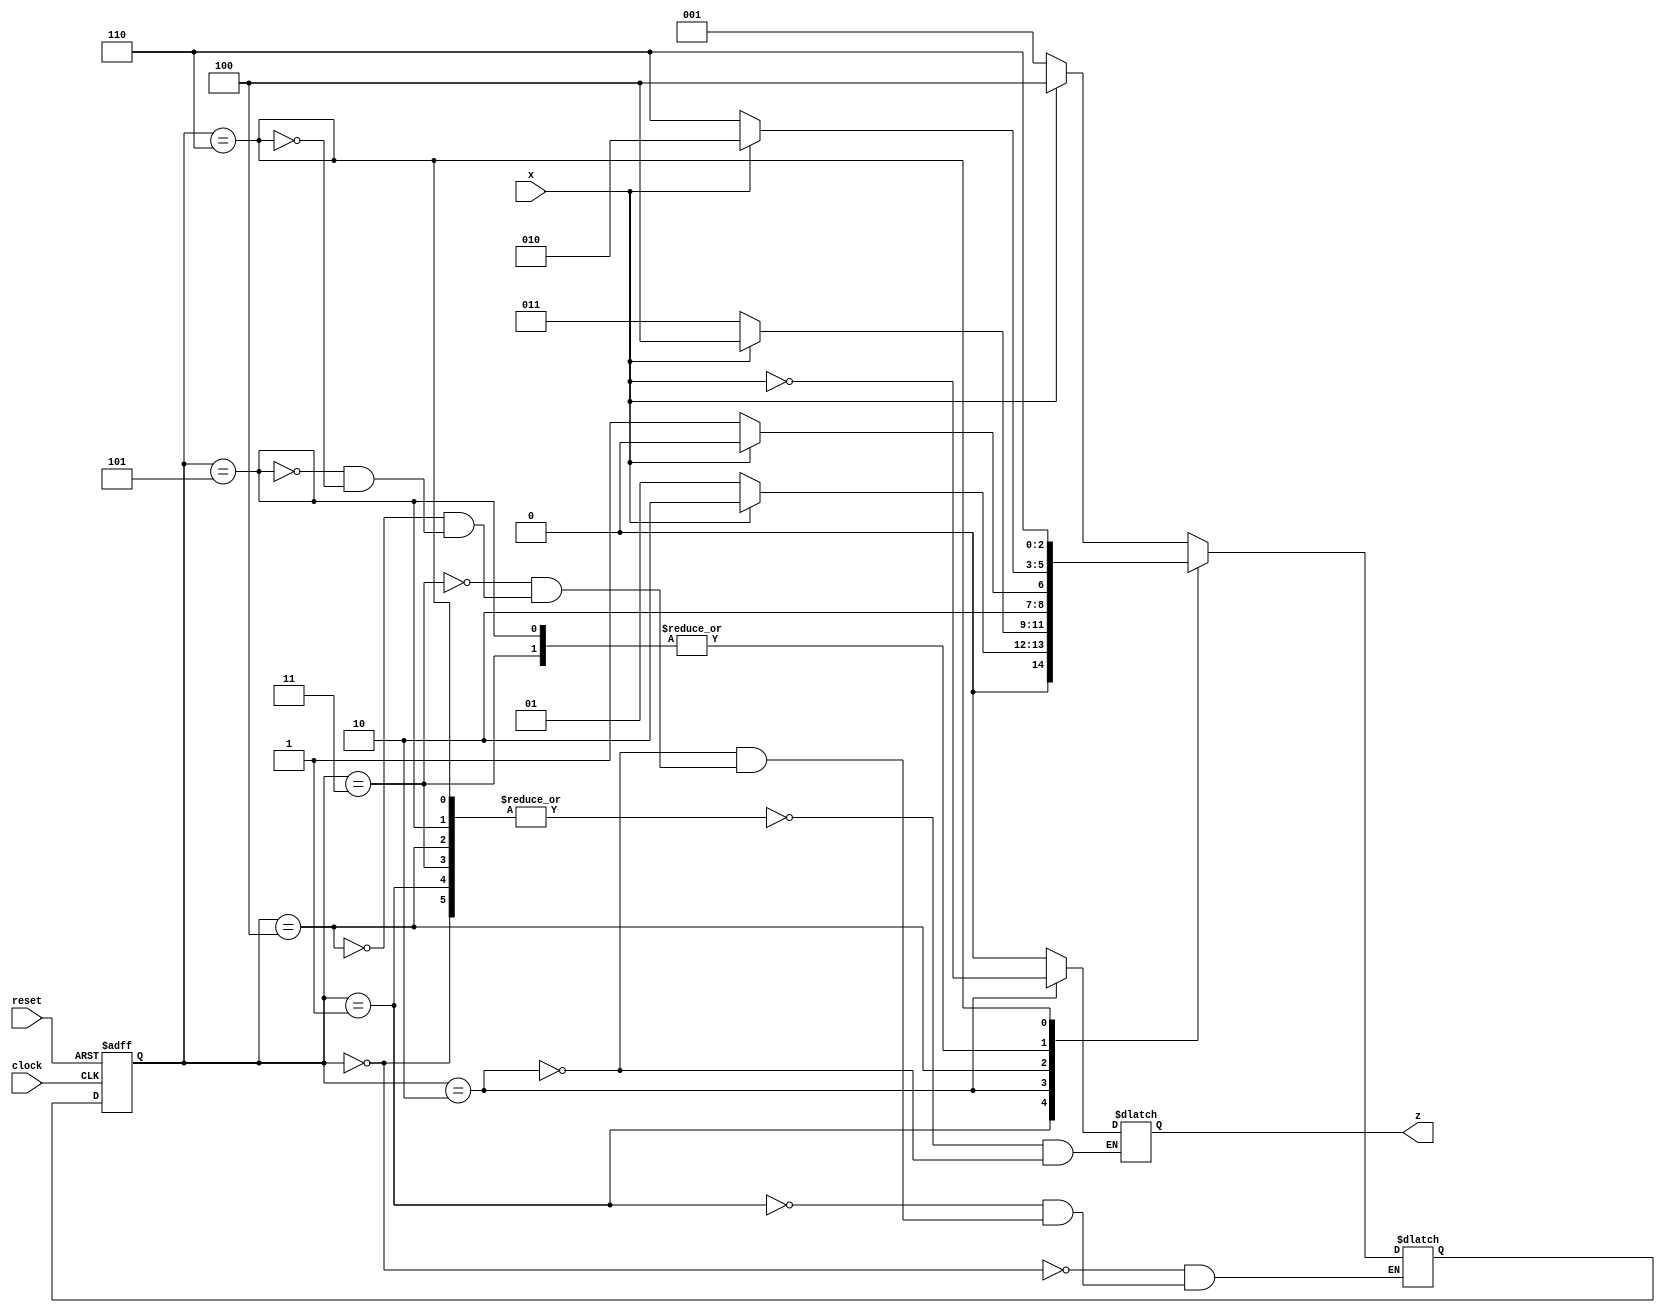
module Lab3_Sequence_Recognizer_state_diagram (input x, clock, reset, output z);

    reg z;
    reg[2:0] state, next_state;
    parameter S0=3'b000, S1=3'b001, S2=3'b010,  S3=3'b011, S4=3'b100, S5=3'b101, S6=3'b110;
    
    //Form state transition-- State Register
    always @(posedge clock, negedge reset)
        if(reset==0) state <= S0; //Active-Low
        else state <= next_state;

    //Form the next state-- Next State Combinational Logic
    always @(state, x)
        case(state)
            S0: if(x) next_state = S4; else next_state = S1;
            S1: if(x) next_state = S2; else next_state = S1;
            S2: if(x) next_state = S4; else next_state = S3;
            S3: if(x) next_state = S2; else next_state = S6;
            S4: if(x) next_state = S4; else next_state = S5;
            S5: if(x) next_state = S2; else next_state = S6;
            S6: if(x) next_state = S6; else next_state = S6;
        endcase

    //Form the output-- Output Combinational Logic
    always @(state, x)
        case(state)
            S0, S1, S3, S4, S5, S6: z = 0;
            S2: z = ~x;
        endcase

endmodule